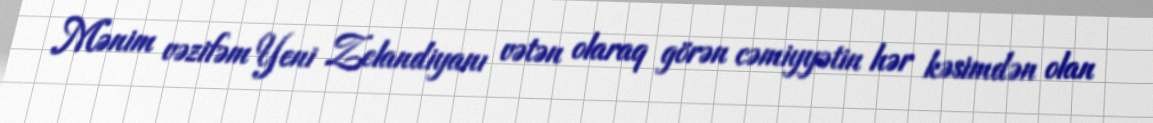
Mənim vəzifəm Yeni Zelandiyanı vətən olaraq görən cəmiyyətin hər kəsimdən olan